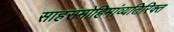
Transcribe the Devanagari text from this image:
साहसमोहिमांव्यतिरिक्त